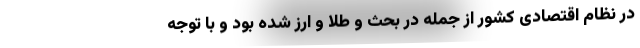
در نظام اقتصادی کشور از جمله در بحث و طلا و ارز شده بود و با توجه